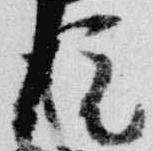
院